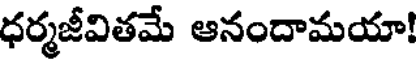
ధర్మజీవితమే ఆనందామయా!